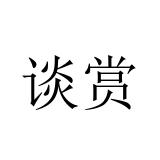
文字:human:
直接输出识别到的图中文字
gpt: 谈赏